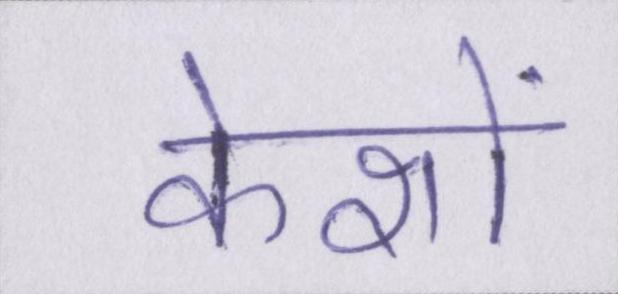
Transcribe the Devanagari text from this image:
केशों